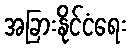
အခြားနိုင်ငံရေး